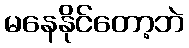
မနေနိုင်တော့ဘဲ